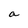
Character: a